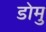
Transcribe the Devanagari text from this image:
डोमु